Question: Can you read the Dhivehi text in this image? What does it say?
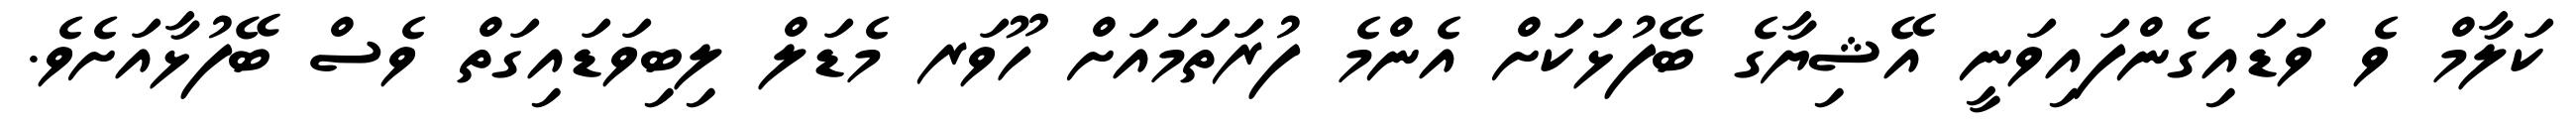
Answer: ކަލާމް ވެ ވަޑައިގެންފައިވަނީ އޭޝިޔާގެ ބޭފުޅަކަށް އެންމެ ފުރަތަމައަށް ހޫވަރ މެޑަލް ލިބިވަޑައިގަތް ވެސް ބޭފުޅާއަށެވެ.